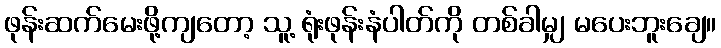
ဖုန်းဆက်မေးဖို့ကျတော့ သူ့ ရုံးဖုန်းနံပါတ်ကို တစ်ခါမျှ မပေးဘူးချေ။